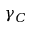
\gamma _ { C }